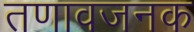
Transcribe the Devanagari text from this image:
तणावजनक